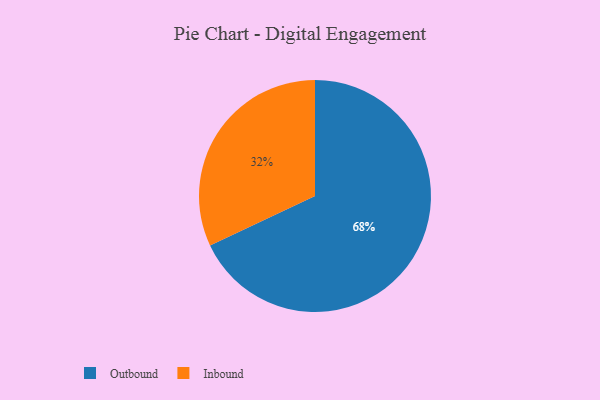
{"axis": {"x": "Category", "y": "Percentage"}, "legend": ["Inbound", "Outbound"], "data": [{"x": "Outbound", "y": 68, "type": "Outbound"}, {"x": "Inbound", "y": 32, "type": "Inbound"}]}